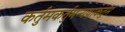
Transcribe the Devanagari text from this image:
कर्तुमकर्तुमन्यथाकर्तुम